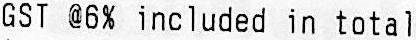
GST @6% INCLUDED IN TOTAL